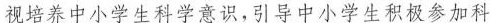
视培养中小学生科学意识,引导中小学生积极参加科